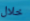
خلال